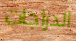
الدراجات